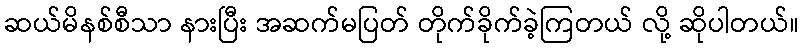
ဆယ်မိနစ်စီသာ နားပြီး အဆက်မပြတ် တိုက်ခိုက်ခဲ့ကြတယ် လို့ ဆိုပါတယ်။